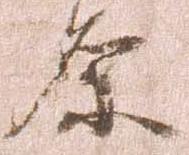
原